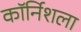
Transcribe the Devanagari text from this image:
कॉर्निशला